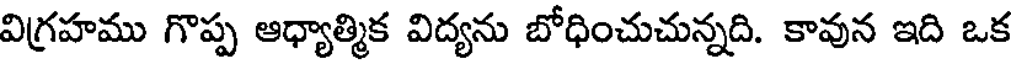
విగ్రహము గొప్ప ఆధ్యాత్మిక విద్యను బోధించుచున్నది. కావున ఇది ఒక